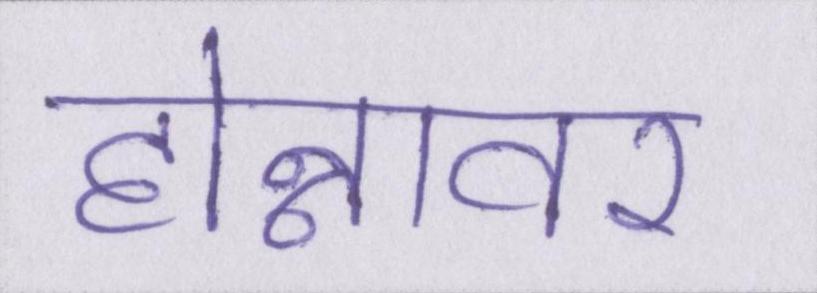
होन्नावर